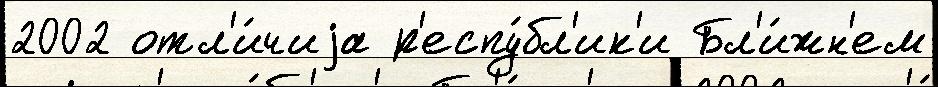
2002 отл'и́чиjа р'еспу́бл'ик'и Бл'и́жн'ем